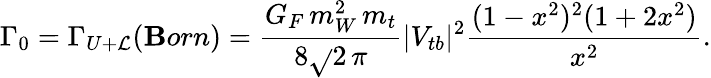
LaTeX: \Gamma_{0}=\Gamma_{U+\mathcal{L}}(\mathbf{B}orn)=\frac{{G_{F}\, m_{W}^{2}\, m_{t}}}{{8\sqrt{}{{2}}\, \pi}}|V_{tb}|^{2}\frac{{(1-x^{2})^{2}(1+2x^{2})}}{{x^{2}}}.